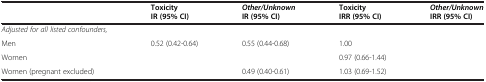
<table><thead><tr><td>[EMPTY_CELL]</td><td><b>Toxicity IR (95% CI)</b></td><td><b><i>Other/Unknown </i>IR (95% CI)</b></td><td><b>Toxicity IRR (95% CI)</b></td><td><b><i>Other/Unknown </i>IRR (95% CI)</b></td></tr></thead><tbody><tr><td><i>Adjusted for all listed confounders,</i></td><td>[EMPTY_CELL]</td><td>[EMPTY_CELL]</td><td>[EMPTY_CELL]</td><td>[EMPTY_CELL]</td></tr><tr><td>Men</td><td>0.52 (0.42-0.64)</td><td>0.55 (0.44-0.68)</td><td>1.00</td><td>[EMPTY_CELL]</td></tr><tr><td>Women</td><td>[EMPTY_CELL]</td><td>[EMPTY_CELL]</td><td>0.97 (0.66-1.44)</td><td>[EMPTY_CELL]</td></tr><tr><td>Women (pregnant excluded)</td><td>[EMPTY_CELL]</td><td>0.49 (0.40-0.61)</td><td>1.03 (0.69-1.52)</td><td>[EMPTY_CELL]</td></tr></tbody></table>